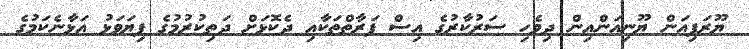
ޔޫރަޕިއަން ޔޫނިއަންއިން ދިވެހި ސަރުކާރުގެ އިސް ފަރާތްތަކާއި ދެކޮޅަށް ދަތިކުރުމުގެ ފިޔަވަޅު އަޅާނެކަމުގެ